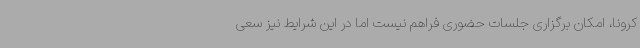
کرونا، امکان برگزاری جلسات حضوری فراهم نیست اما در این شرایط نیز سعی